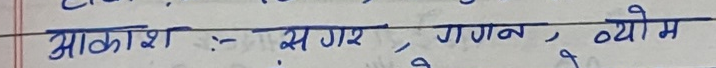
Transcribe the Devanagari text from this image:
आकाश :- सगर, गगन, व्योम